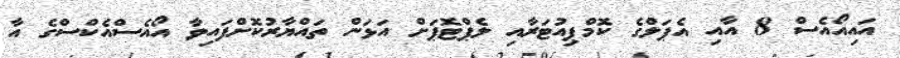
އައިއޯއެސް 8 އާއި އެޕަލްގެ ކޮމްޕިއުޓަރާއި ލެޕްޓޮޕަށް އަޅަން ތައްޔާރުކޮށްފައިވާ އޯއެސްއެކްސްގެ އާ